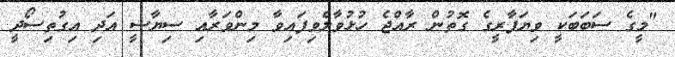
"މީގެ ސަބަބަކީ ވިޔަފާރީގެ ގޮތުން ރާއްޖެ ހުޅުވާލެވިފައިވާ މިންވަރާއި ސިޔާސީ އަދި އިގުތިސޯދީ